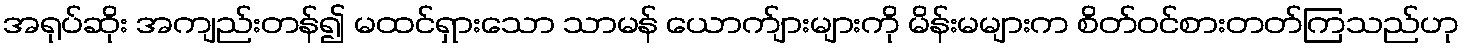
အရုပ်ဆိုး အကျည်းတန်၍ မထင်ရှားသော သာမန် ယောက်ျားများကို မိန်းမများက စိတ်ဝင်စားတတ်ကြသည်ဟု